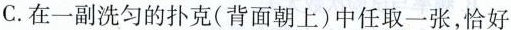
C. 在一副洗匀的扑克(背面朝上)中任取一张，恰好